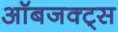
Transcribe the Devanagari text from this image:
ऑबजक्ट्स